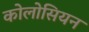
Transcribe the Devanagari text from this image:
कोलोसियन